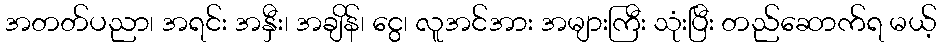
အတတ်ပညာ၊ အရင်း အနှီး၊ အချိန်၊ ငွေ၊ လူအင်အား အများကြီး သုံးပြီး တည်ဆောက်ရ မယ့်